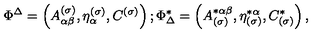
\Phi ^ { \Delta } = \left( A _ { \alpha \beta } ^ { ( \sigma ) } , \eta _ { \alpha } ^ { ( \sigma ) } , C ^ { ( \sigma ) } \right) ; \Phi _ { \Delta } ^ { * } = \left( A _ { ( \sigma ) } ^ { * \alpha \beta } , \eta _ { ( \sigma ) } ^ { * \alpha } , C _ { ( \sigma ) } ^ { * } \right) ,